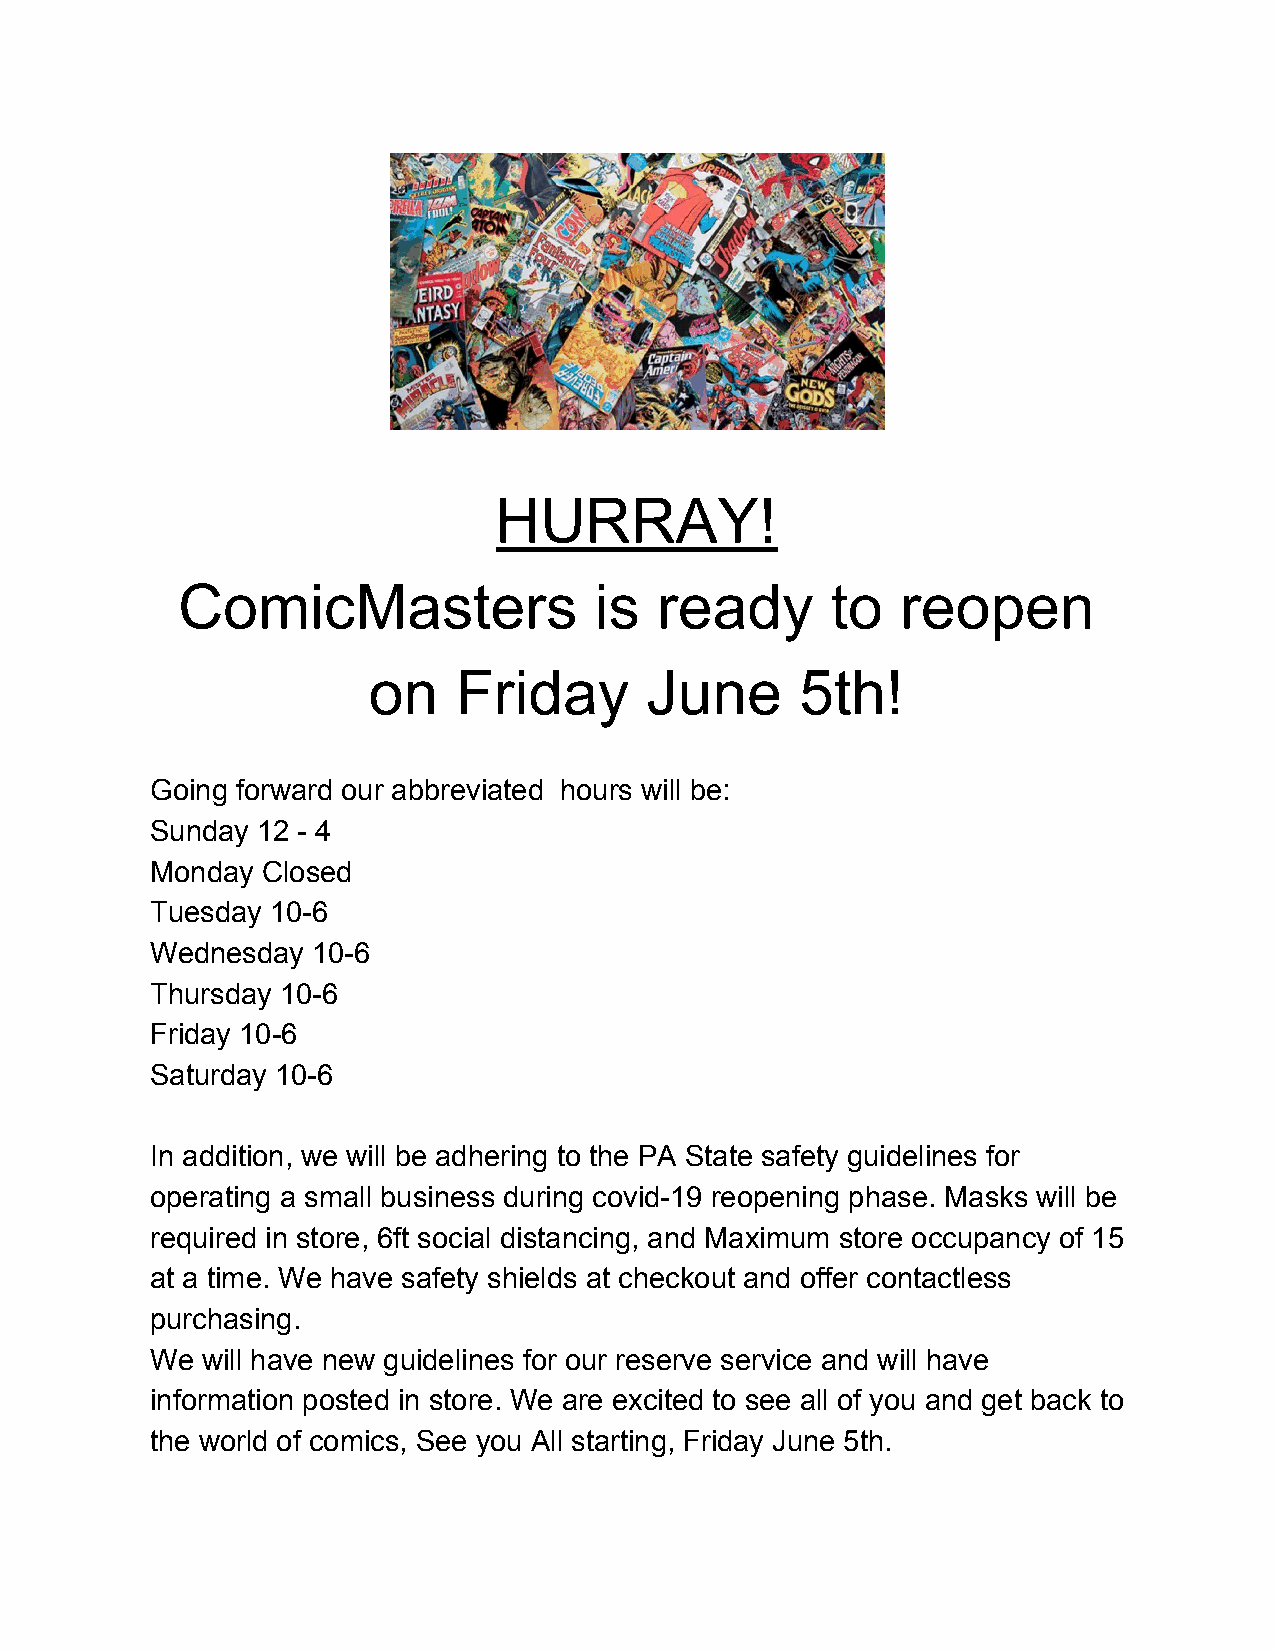
HURRAY!
 ComicMasters               is   ready      to   reopen
 on    Friday       June      5th!
 Going forward our abbreviated hours will be:
 Sunday 12 - 4
 Monday Closed
 Tuesday 10-6
 Wednesday  10-6
 Thursday 10-6
 Friday 10-6
 Saturday 10-6
 In addition, we will be adhering to the PA State safety guidelines for
 operating a small business during covid-19 reopening phase. Masks will be
 required in store, 6ft social distancing, and Maximum store occupancy of 15
 at a time. We have safety shields at checkout and offer contactless
 purchasing.
 We will have new guidelines for our reserve service and will have
 information posted in store. We are excited to see all of you and get back to
 the world of comics, See you All starting, Friday June 5th.